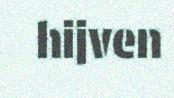
hijven